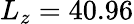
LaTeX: L_{z}=40.96